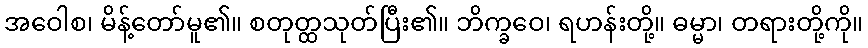
အဝေါစ၊ မိန့်တော်မူ၏။ စတုတ္ထသုတ်ပြီး၏။ ဘိက္ခဝေ၊ ရဟန်းတို့။ ဓမ္မာ၊ တရားတို့ကို။